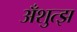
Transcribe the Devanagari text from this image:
अँशुत्झ